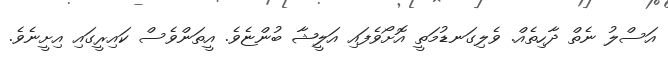
އަސްލު ނެތް ދާހިތެއް. ވެލިގަނޑުމަތީ އޮށޯވެފައި އަލީޝާ ބުންޏެވެ. އީތަންވެސް ކައިރީގައި އިށީނެވެ.